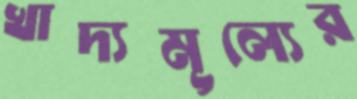
খাদ্যমূল্যের